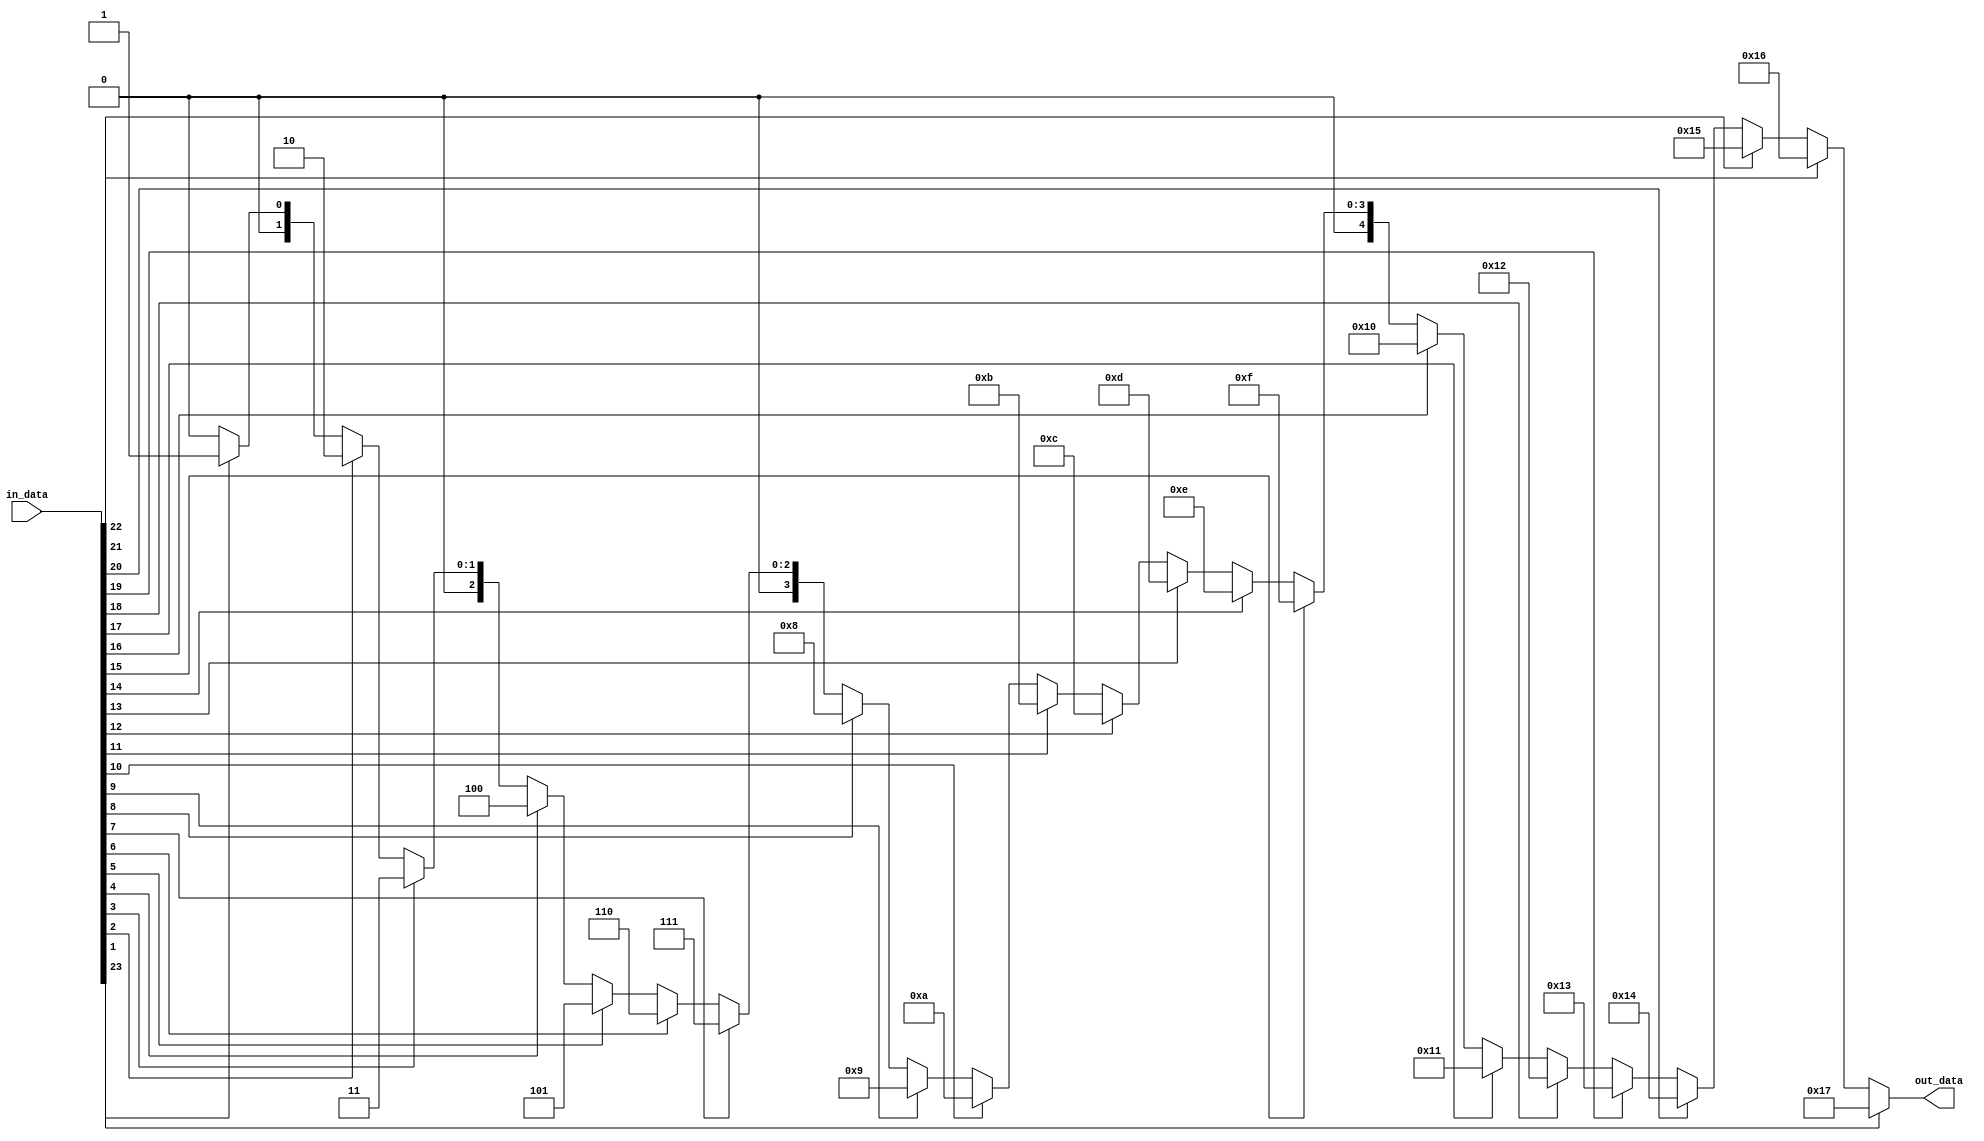
module MSBSeek
(
input [23:0] in_data,
output [4:0] out_data
);

wire [4:0] out_dat;

assign out_dat = in_data[23]? 23 :
					  in_data[22]? 22 :
					  in_data[21]? 21 :
					  in_data[20]? 20 :
					  in_data[19]? 19 :
					  in_data[18]? 18 :
					  in_data[17]? 17 :
					  in_data[16]? 16 :
					  in_data[15]? 15 :
					  in_data[14]? 14 :
					  in_data[13]? 13 :
					  in_data[12]? 12 :
					  in_data[11]? 11 :
					  in_data[10]? 10 :
					  in_data[9]? 9 :
					  in_data[8]? 8 :
					  in_data[7]? 7 :
					  in_data[6]? 6 :
					  in_data[5]? 5 :
					  in_data[4]? 4 :
					  in_data[3]? 3 :
					  in_data[2]? 2 :
					  in_data[1]? 1 : 0;
assign out_data = out_dat;
		
endmodule